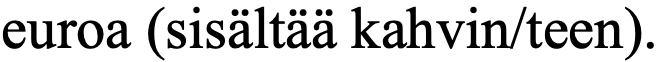
euroa (sisältää kahvin/teen).